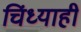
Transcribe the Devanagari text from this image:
चिंध्याही